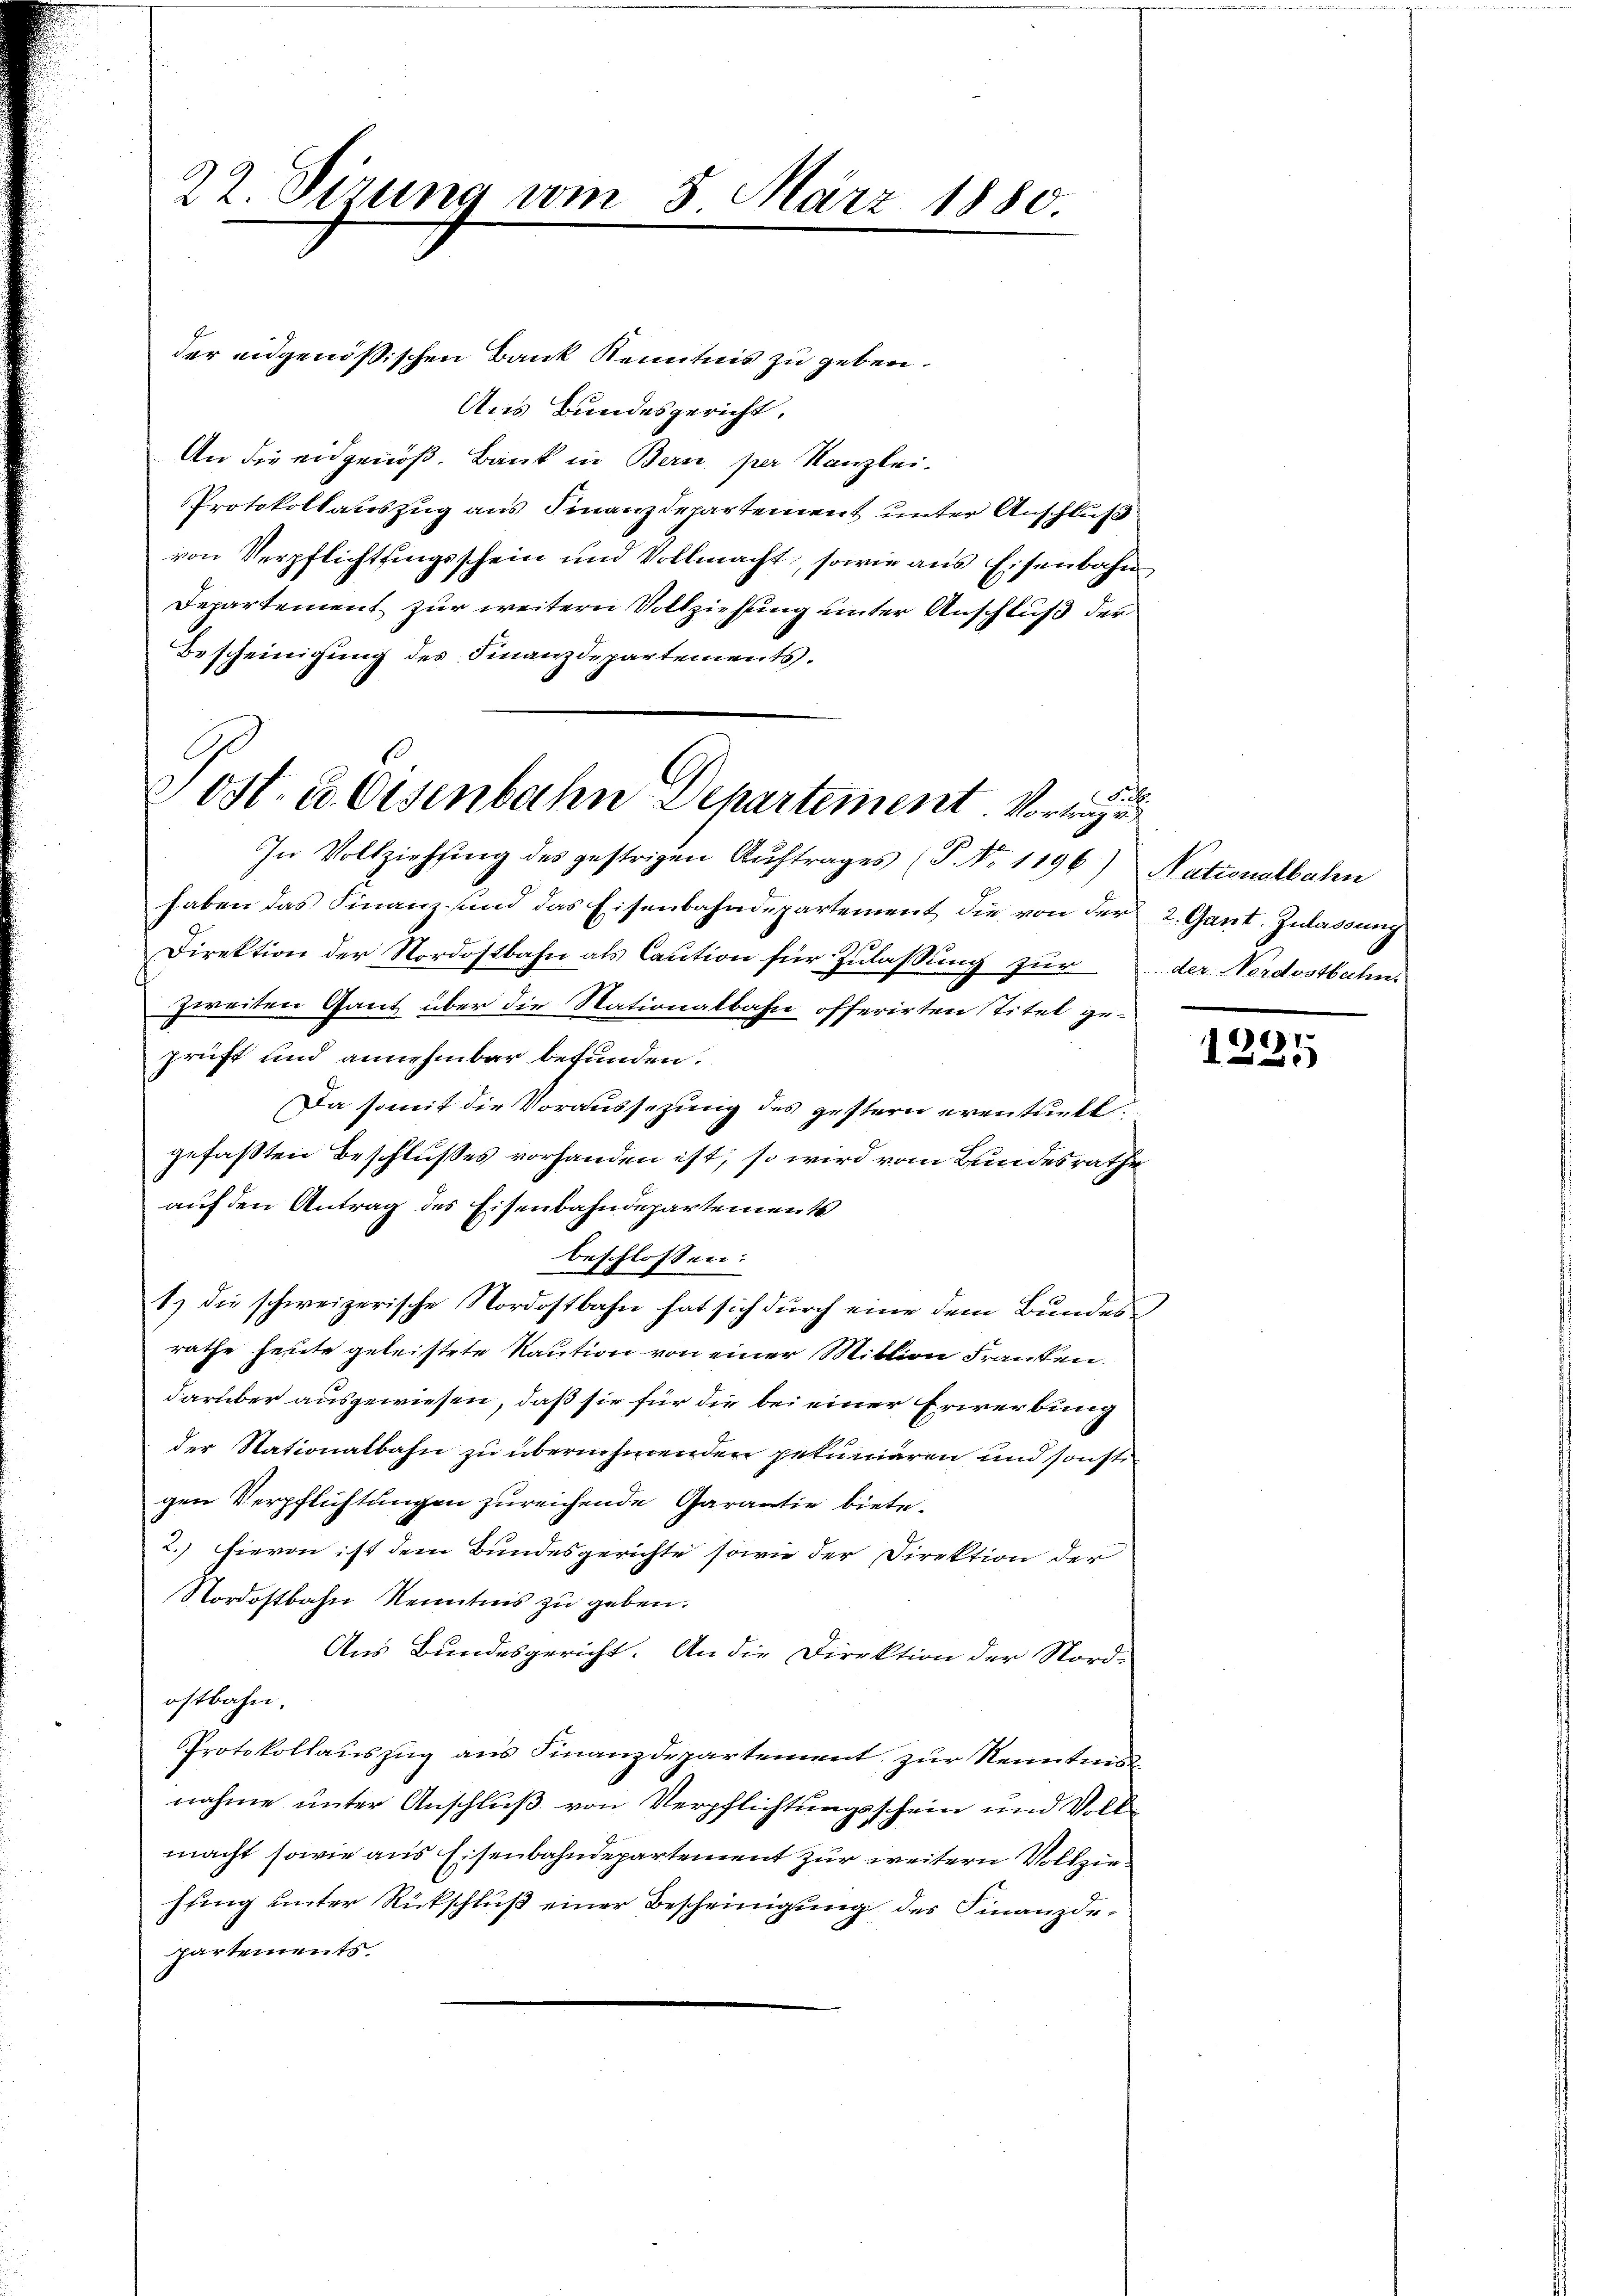
22. dirung vom 5. März 1880.

der eidgenössischen Bank Kenntnis zu geben.
Aus Bundesgericht.
An die eidgenöß. Bank in Bern per Kanzlei-
Protokollauszug aus Finanzdepartement unter Anschluß
von Verpflichtungsschein und Vollmacht, sowie aus Eisenbahn
Departement zur weitern Vollziehung unter Anschluß der
Bescheinigung des Finanzdepartements.
In Vollziehŭng des gestrigen Aŭftrages (P. Nr. 1196) Nationalbahn
haben das Finanz sind das Eisenbahndepartement die von der 2. Gant. Zulassung
Direktion der Nordostbahn als Caution für Zulassung für der Nordostbahns
zweiten Gant über die Stationalbahn offerirten Titel geprüft und annehmbar befunden.
Da somit die Voraussezung des gestern eventuelt.
gefaßten Beschlußes vorhanden ist, so wird vom Bundesrathe
auf den Antrag des Eisenbahndepartements
beschlossen:
1.) die schweizerische Nordostbahn hat sich durch eine dem Bundes
rathe heute geleistete Kaution von einer Mittion Franken.
darüber ausgewiesen, daß sie für die bei einer Erwerbung
der Stationalbahn zu übernehmenden pekuniären und sonsti
gen Verpflichtungen zureichende Garantie biete.
2.) Hievon ist dem Bundesgerichte sowie der Direktion der
Nordostbahn Kenntnis zu geben.
Aus Bundesgericht. An die Direktion der Nord-
ostbahn.
Protokollauszug aus Finanzdepartement zur Kenntnis
nahme unter Anschluß von Verpflichtungsschein und Volk
macht sowie aus Eisenbahndepartement zur weitern Vollziehung unter Rückschluß einer Bescheinigung des Finanzdepartements.

Sch
ost. u. Osenbahn Departement. Vortrage

1225